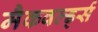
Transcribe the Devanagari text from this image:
मैकवर्ल्ड्स